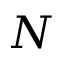
N